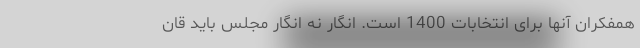
همفکران آنها برای انتخابات 1400 است. انگار نه انگار مجلس باید قان